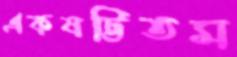
একষট্টিতম